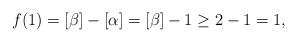
LaTeX: \begin{align*}f(1) = [\beta]-[\alpha] = [\beta]-1 \geq 2 - 1 = 1,\end{align*}